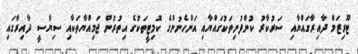
ޓޫރިޒަމް ދާއިރާގައްޔާއި ސަރުކާރު ކުންފުނިތަކުގައްޔާއި އަންހެނުންގެ ކޮމިޓީތަކުގެ އިތުރުން ޖަމިއްޔާތަކާއި ސިޔާސީ ދާއިރާގައި